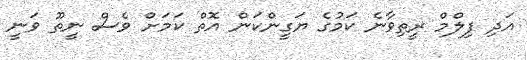
އަދި ފިލްމް ރީތިވާނެ ކަމުގެ ޔަގީންކަން އޮތް ކަމަށް ވެސް ނީތޫ ވަނީ